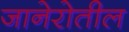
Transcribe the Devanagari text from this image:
जानेरोतील